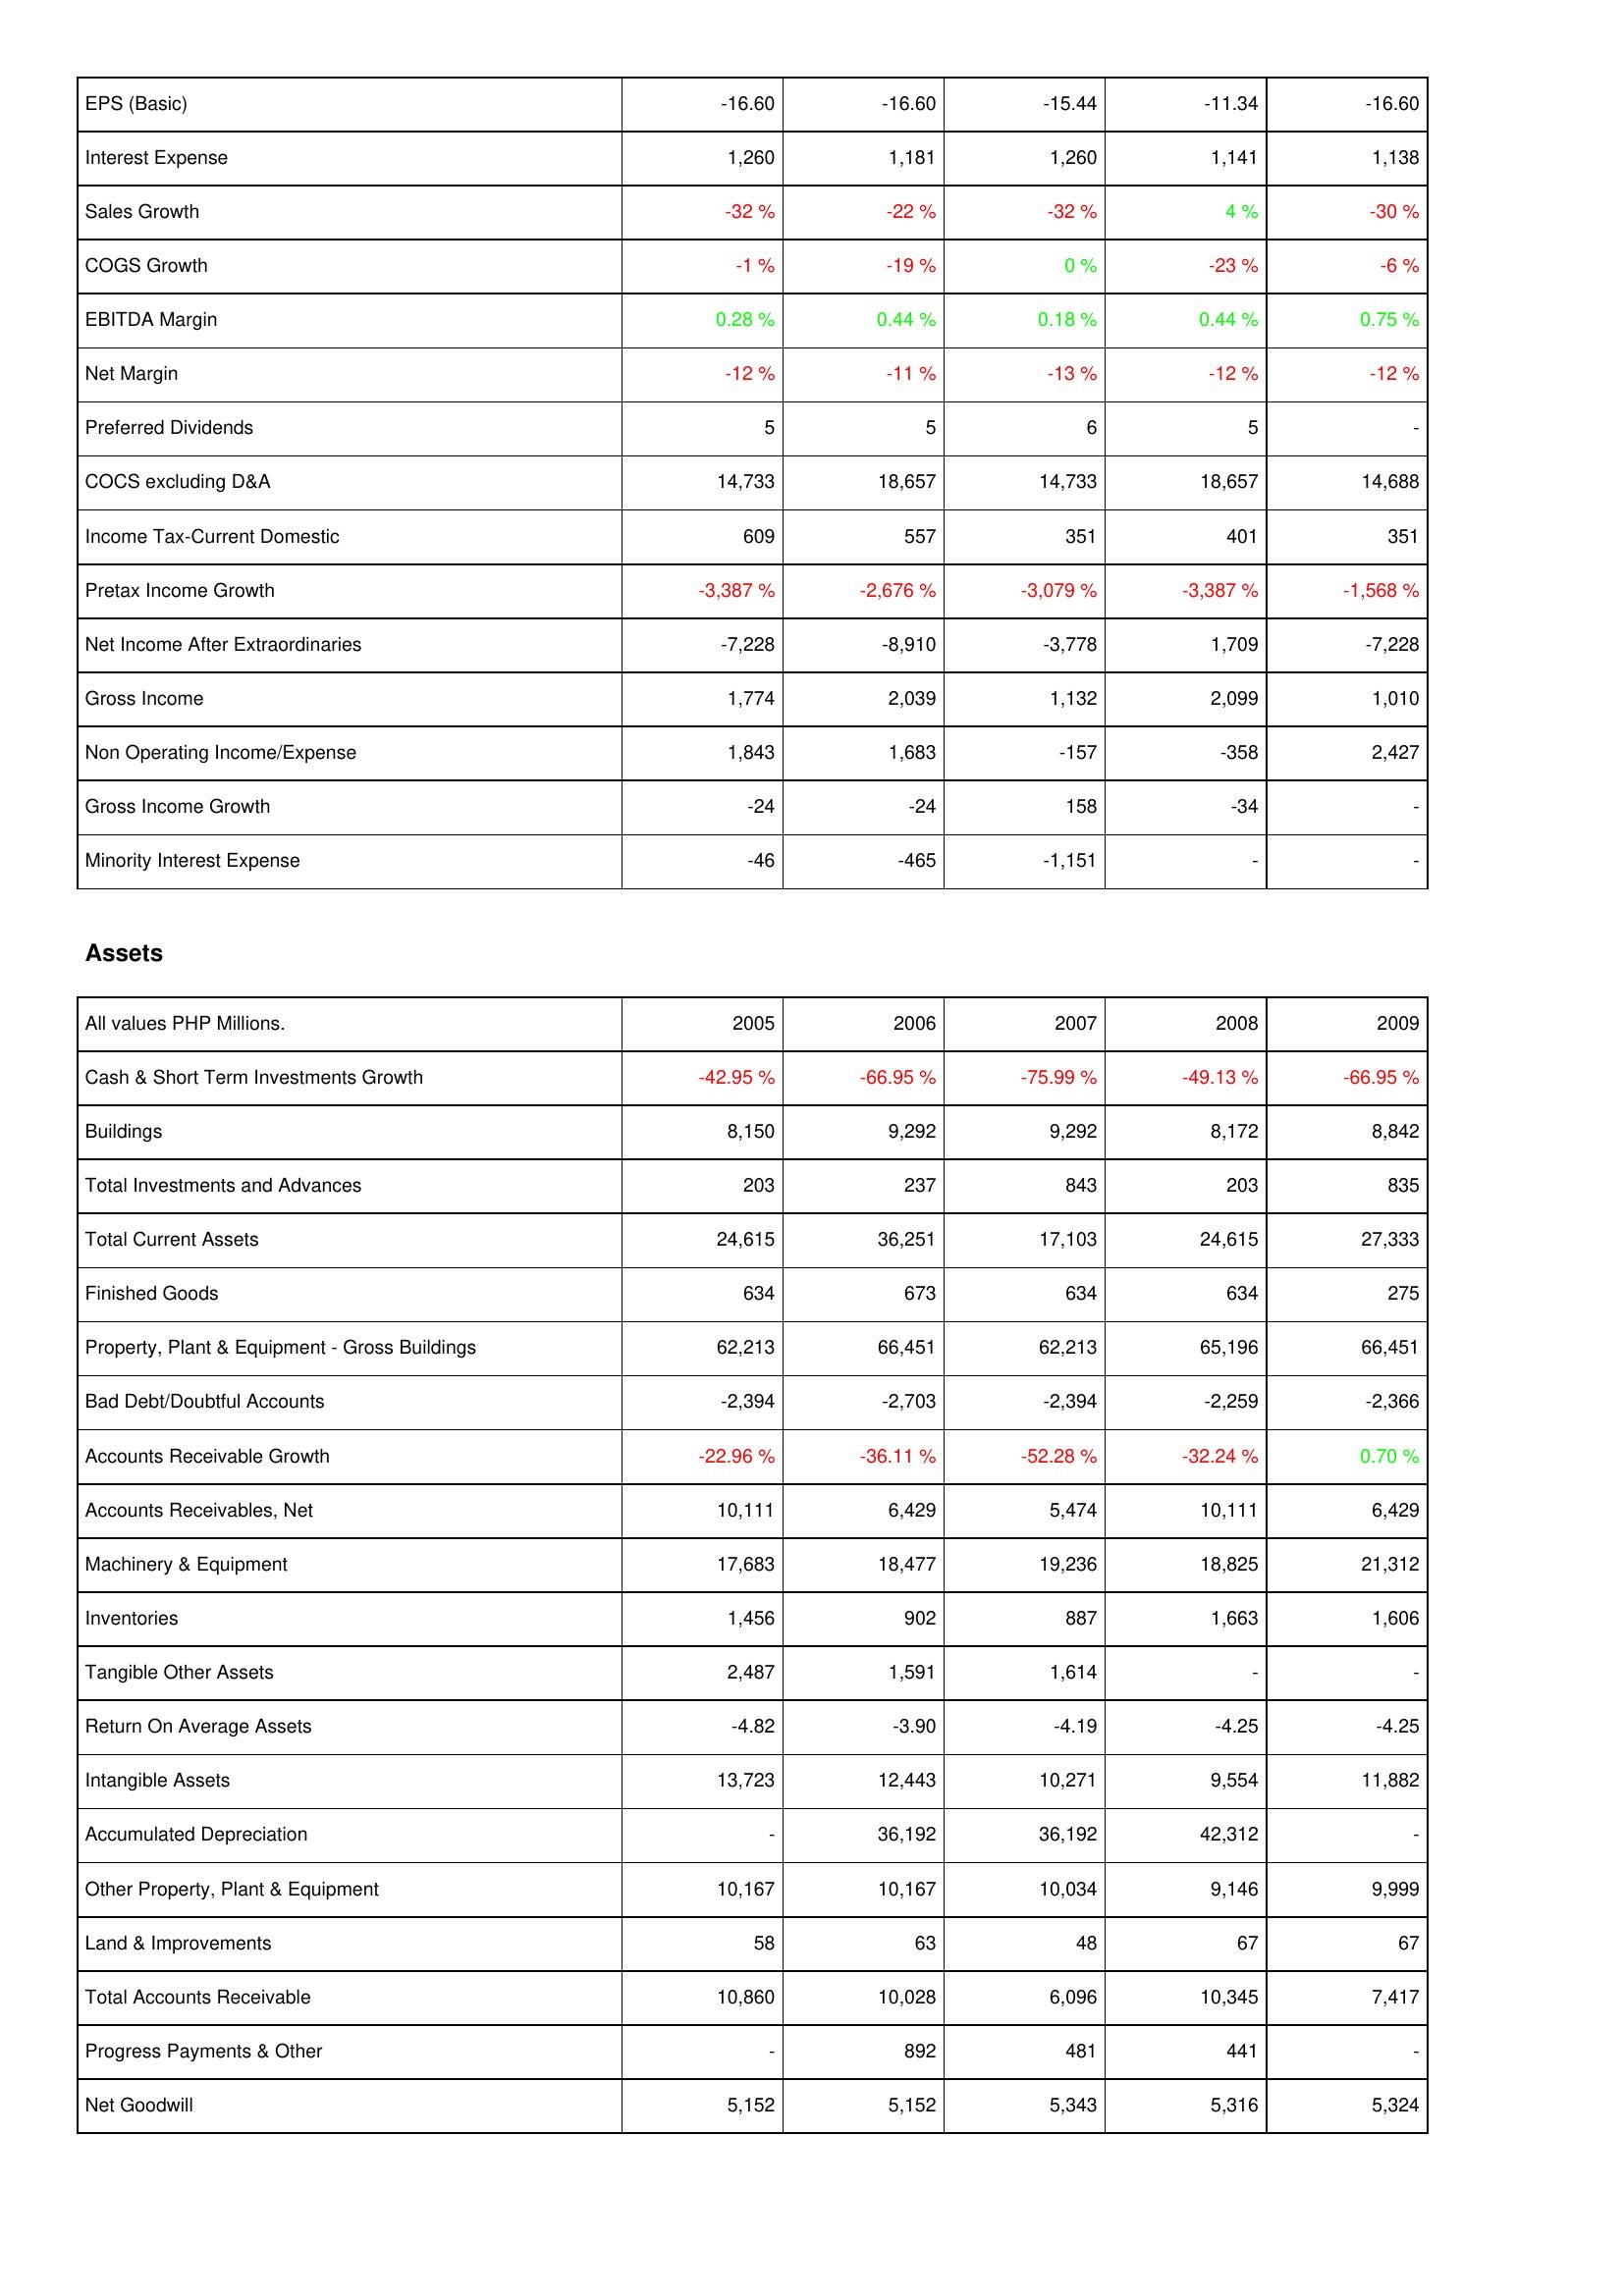
2005: Income Statement: EPS (Basic): -16.60
Interest Expense: 1,260
Sales Growth: -32 %
COGS Growth: -1 %
EBITDA Margin: 0.28 %
Net Margin: -12 %
Preferred Dividends: 5
COCS excluding D&A: 14,733
Income Tax-Current Domestic: 609
Pretax Income Growth: -3,387 %
Net Income After Extraordinaries: -7,228
Gross Income: 1,774
Non Operating Income/Expense: 1,843
Gross Income Growth: -24
Minority Interest Expense: -46
Assets: Cash & Short Term Investments Growth: -42.95 %
Buildings: 8,150
Total Investments and Advances: 203
Total Current Assets: 24,615
Finished Goods: 634
Property, Plant & Equipment - Gross Buildings: 62,213
Bad Debt/Doubtful Accounts: -2,394
Accounts Receivable Growth: -22.96 %
Accounts Receivables, Net: 10,111
Machinery & Equipment: 17,683
Inventories: 1,456
Tangible Other Assets: 2,487
Return On Average Assets: -4.82
Intangible Assets: 13,723
Accumulated Depreciation: -
Other Property, Plant & Equipment: 10,167
Land & Improvements: 58
Total Accounts Receivable: 10,860
Progress Payments & Other: -
Net Goodwill: 5,152
2006: Income Statement: EPS (Basic): -16.60
Interest Expense: 1,181
Sales Growth: -22 %
COGS Growth: -19 %
EBITDA Margin: 0.44 %
Net Margin: -11 %
Preferred Dividends: 5
COCS excluding D&A: 18,657
Income Tax-Current Domestic: 557
Pretax Income Growth: -2,676 %
Net Income After Extraordinaries: -8,910
Gross Income: 2,039
Non Operating Income/Expense: 1,683
Gross Income Growth: -24
Minority Interest Expense: -465
Assets: Cash & Short Term Investments Growth: -66.95 %
Buildings: 9,292
Total Investments and Advances: 237
Total Current Assets: 36,251
Finished Goods: 673
Property, Plant & Equipment - Gross Buildings: 66,451
Bad Debt/Doubtful Accounts: -2,703
Accounts Receivable Growth: -36.11 %
Accounts Receivables, Net: 6,429
Machinery & Equipment: 18,477
Inventories: 902
Tangible Other Assets: 1,591
Return On Average Assets: -3.90
Intangible Assets: 12,443
Accumulated Depreciation: 36,192
Other Property, Plant & Equipment: 10,167
Land & Improvements: 63
Total Accounts Receivable: 10,028
Progress Payments & Other: 892
Net Goodwill: 5,152
2007: Income Statement: EPS (Basic): -15.44
Interest Expense: 1,260
Sales Growth: -32 %
COGS Growth: 0 %
EBITDA Margin: 0.18 %
Net Margin: -13 %
Preferred Dividends: 6
COCS excluding D&A: 14,733
Income Tax-Current Domestic: 351
Pretax Income Growth: -3,079 %
Net Income After Extraordinaries: -3,778
Gross Income: 1,132
Non Operating Income/Expense: -157
Gross Income Growth: 158
Minority Interest Expense: -1,151
Assets: Cash & Short Term Investments Growth: -75.99 %
Buildings: 9,292
Total Investments and Advances: 843
Total Current Assets: 17,103
Finished Goods: 634
Property, Plant & Equipment - Gross Buildings: 62,213
Bad Debt/Doubtful Accounts: -2,394
Accounts Receivable Growth: -52.28 %
Accounts Receivables, Net: 5,474
Machinery & Equipment: 19,236
Inventories: 887
Tangible Other Assets: 1,614
Return On Average Assets: -4.19
Intangible Assets: 10,271
Accumulated Depreciation: 36,192
Other Property, Plant & Equipment: 10,034
Land & Improvements: 48
Total Accounts Receivable: 6,096
Progress Payments & Other: 481
Net Goodwill: 5,343
2008: Income Statement: EPS (Basic): -11.34
Interest Expense: 1,141
Sales Growth: 4 %
COGS Growth: -23 %
EBITDA Margin: 0.44 %
Net Margin: -12 %
Preferred Dividends: 5
COCS excluding D&A: 18,657
Income Tax-Current Domestic: 401
Pretax Income Growth: -3,387 %
Net Income After Extraordinaries: 1,709
Gross Income: 2,099
Non Operating Income/Expense: -358
Gross Income Growth: -34
Minority Interest Expense: -
Assets: Cash & Short Term Investments Growth: -49.13 %
Buildings: 8,172
Total Investments and Advances: 203
Total Current Assets: 24,615
Finished Goods: 634
Property, Plant & Equipment - Gross Buildings: 65,196
Bad Debt/Doubtful Accounts: -2,259
Accounts Receivable Growth: -32.24 %
Accounts Receivables, Net: 10,111
Machinery & Equipment: 18,825
Inventories: 1,663
Tangible Other Assets: -
Return On Average Assets: -4.25
Intangible Assets: 9,554
Accumulated Depreciation: 42,312
Other Property, Plant & Equipment: 9,146
Land & Improvements: 67
Total Accounts Receivable: 10,345
Progress Payments & Other: 441
Net Goodwill: 5,316
2009: Income Statement: EPS (Basic): -16.60
Interest Expense: 1,138
Sales Growth: -30 %
COGS Growth: -6 %
EBITDA Margin: 0.75 %
Net Margin: -12 %
Preferred Dividends: -
COCS excluding D&A: 14,688
Income Tax-Current Domestic: 351
Pretax Income Growth: -1,568 %
Net Income After Extraordinaries: -7,228
Gross Income: 1,010
Non Operating Income/Expense: 2,427
Gross Income Growth: -
Minority Interest Expense: -
Assets: Cash & Short Term Investments Growth: -66.95 %
Buildings: 8,842
Total Investments and Advances: 835
Total Current Assets: 27,333
Finished Goods: 275
Property, Plant & Equipment - Gross Buildings: 66,451
Bad Debt/Doubtful Accounts: -2,366
Accounts Receivable Growth: 0.70 %
Accounts Receivables, Net: 6,429
Machinery & Equipment: 21,312
Inventories: 1,606
Tangible Other Assets: -
Return On Average Assets: -4.25
Intangible Assets: 11,882
Accumulated Depreciation: -
Other Property, Plant & Equipment: 9,999
Land & Improvements: 67
Total Accounts Receivable: 7,417
Progress Payments & Other: -
Net Goodwill: 5,324